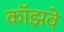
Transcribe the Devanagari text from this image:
कॉझवे